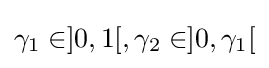
\gamma _{1}\in ]0,1[,\gamma _{2}\in ]0,\gamma _{1}[